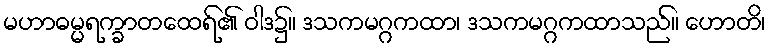
မဟာဓမ္မရက္ခာတထေရ်၏ ဝါဒ၌။ ဒသကမဂ္ဂကထာ၊ ဒသကမဂ္ဂကထာသည်။ ဟောတိ၊